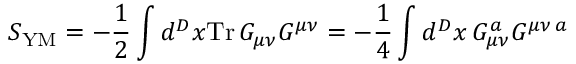
S _ { \mathrm { Y M } } = - \frac { 1 } { 2 } \int d ^ { D } x \mathrm { T r } \, G _ { \mu \nu } G ^ { \mu \nu } = - \frac { 1 } { 4 } \int d ^ { D } x \, G _ { \mu \nu } ^ { a } G ^ { \mu \nu \, a }